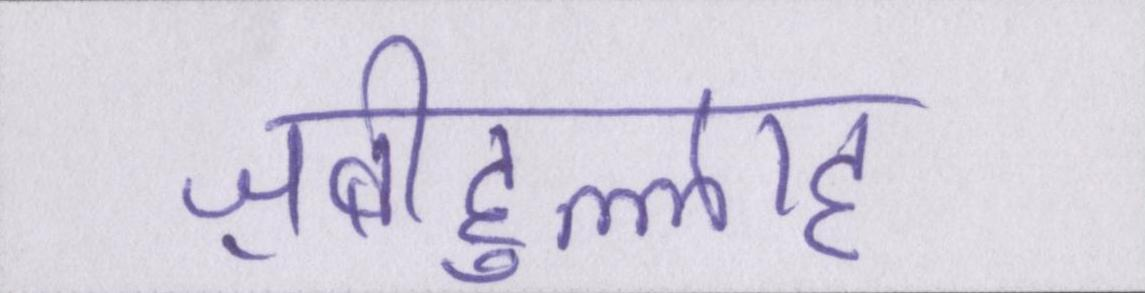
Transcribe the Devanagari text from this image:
ज़बीहुल्लाह